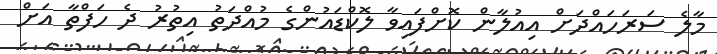
މާލެ ސަރަހައްދަށް އިއުލާން ކޮށްފައިވާ ލޮކްޑައުންގެ މުއްދަތު އިތުރު ދެ ހަފްތާ އަށް